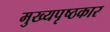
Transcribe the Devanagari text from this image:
मुख्यपृष्ठकार